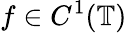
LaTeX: f\in C^{1}(\mathbb{T})